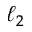
\ell _ { 2 }